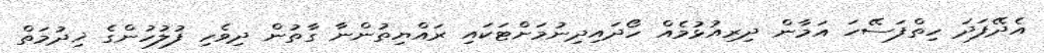
އެދޭފަދަ ހިތްފަސޭހަ އަމާން ދިރިއުޅުމެއް ހޯދައިދިނުމަށްޓަކައި ރައްޔިތުންނާ ގާތުން ދިވެހި ފުލުހުންގެ ޚިދުމަތް